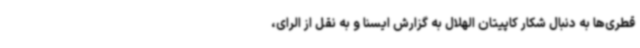
قطری‌ها به دنبال شکار کاپیتان الهلال به گزارش ایسنا و به نقل از الرای،